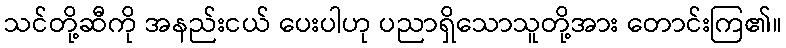
သင်တို့ဆီကို အနည်းငယ် ပေးပါဟု ပညာရှိသောသူတို့အား တောင်းကြ၏။